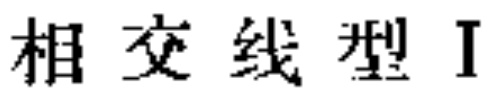
相交线型I